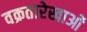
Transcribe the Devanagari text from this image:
वक्रतारेखाओं